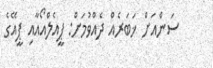
ސަންއަށް ޚަބަރެއް ދެއްވުމަށް: ޕީއެލްއޯއާއި ޕީއޭގެ